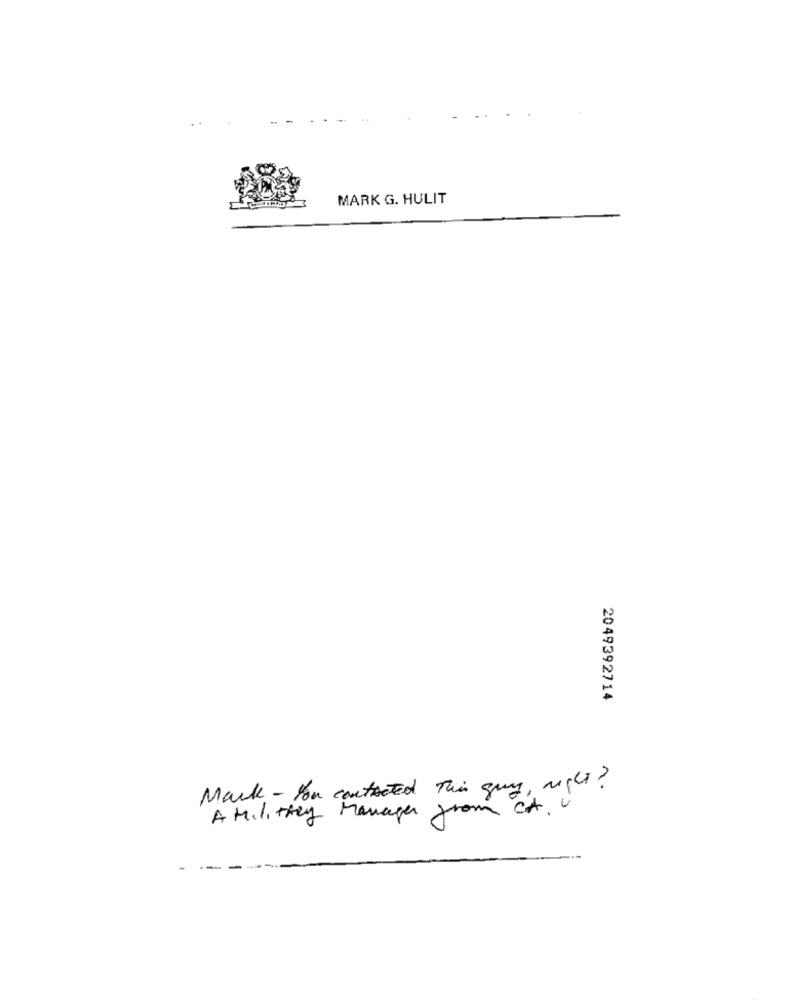
MARK G. HULIT
2049392714
Mark - You contacted This guy, right?
A Military Manager from CA.